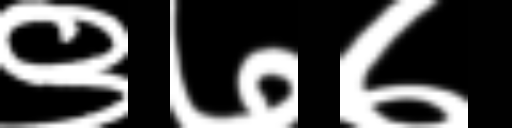
Text: ९७७